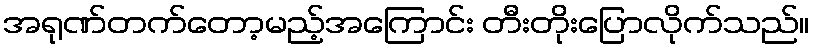
အရုဏ်တက်တော့မည့်အကြောင်း တီးတိုးပြောလိုက်သည်။